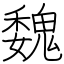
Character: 魏